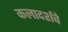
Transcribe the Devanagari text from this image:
कलादर्शचे